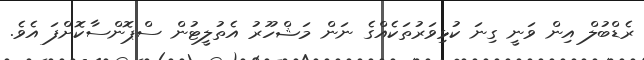
ރެޑްބުލް އިން ވަނީ ގިނަ ކުޅިވަރުތަކެއްގެ ނަން މަޝްހޫރު އެތުލީޓުން ސްޕޮންސާކޮށްފަ އެވެ.